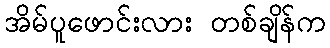
အိမ်ပူဖောင်းလား တစ်ချိန်က